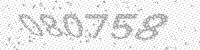
Solution: 080758